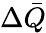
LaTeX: \Delta\bar{Q}